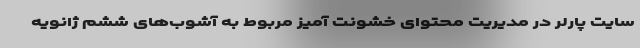
سایت پارلر در مدیریت محتوای خشونت آمیز مربوط به آشوب‌های ششم ژانویه